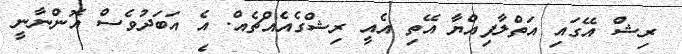
ރިޝް އޭގައި އަތްލާފިއްޔާ އޭތި އެއީ ރިޝްގެއެއްޗެއް. އެ އަބަދުވެސް އޮންނާނީ